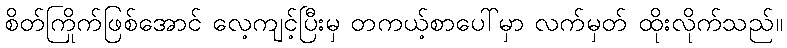
စိတ်ကြိုက်ဖြစ်အောင် လေ့ကျင့်ပြီးမှ တကယ့်စာပေါ်မှာ လက်မှတ် ထိုးလိုက်သည်။